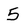
Character: 5